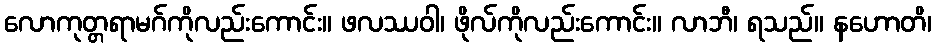
လောကုတ္တရာမဂ်ကိုလည်းကောင်း။ ဖလဿဝါ၊ ဖိုလ်ကိုလည်းကောင်း။ လာဘီ၊ ရသည်။ နဟောတိ၊